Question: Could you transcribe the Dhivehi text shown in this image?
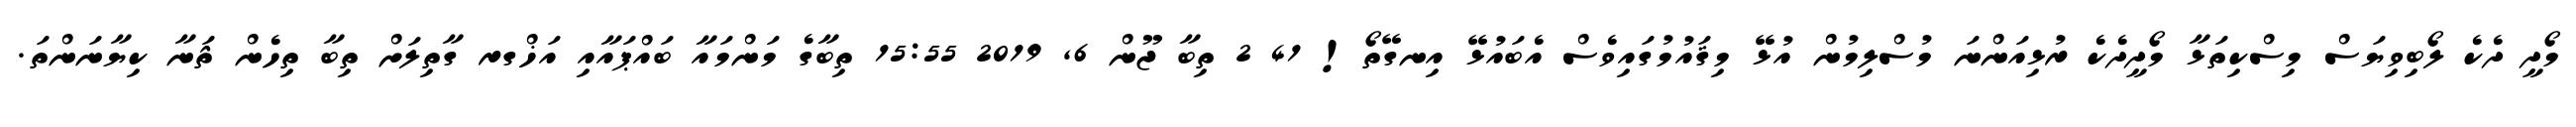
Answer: މޯދީ ދެކެ ލޯބިވިޔަސް މިސްކިތަޅާ މޯދީދެކެ ރުޅިއަންނަ މުސްލިމުން އުޅޭ މިޤައުމުގައިވެސް އެބައުޅޭ އިނގޭތޯ! 41 2 ތިބާ ޖޫން 6, 2019 15:55 ތިބާގެ މަންމައާ ބައްޕައާއި އަޚްގރ ގާތިލަށް ތިބާ ތިހެން ޘަނާ ކިޔާނަންތަ.